Sanitation, dispensaries and jails vaccination Rajputana 1922-1927 - 1922-1927
Year: 1922
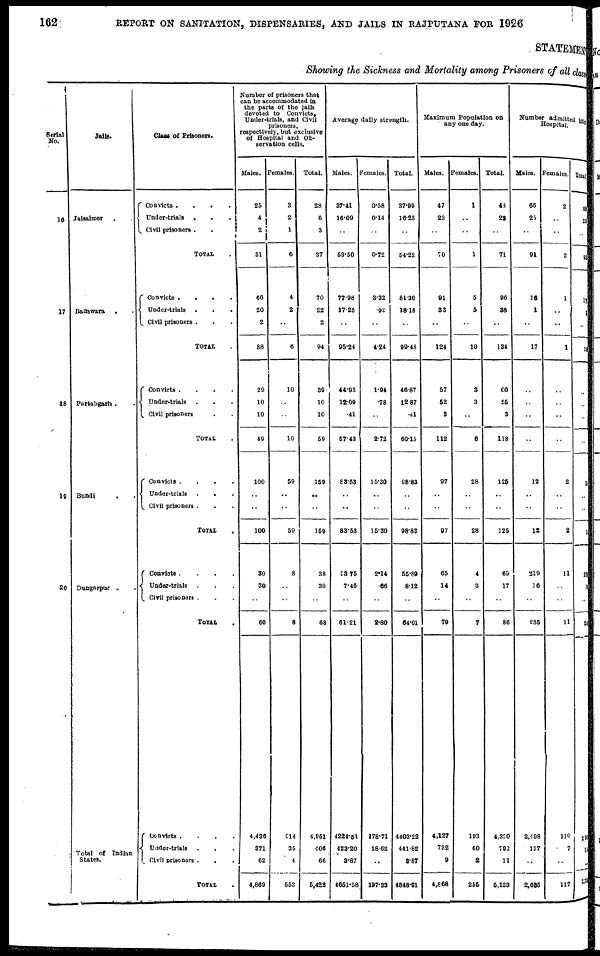
162
REPORT ON SANITATION, DISPENSARIES, AND JAILS IN RAJPUTANA FOR 1926
STATEMENT
Showing the Sickness and Mortality among Prisoners of all classes
Serial
No.
16
17
18
19
20
Jails.
Jaisalmer . .
Banswara
.
Partabgarh .
Bundi . .
Dungarpur . .
Total of Indian
States.
Class of Prisoners.
Convicts
.
.
.
.
Under-trials . . . .
Civil prisoners
.
.
.
.
TOTAL .
Convicts
.
.
.
.
Under-trials
.
.
.
.
Civil prisoners . . .
TOTAL .
Convicts
.
.
.
.
Under-trials . . .
Civil prisoners . . .
TOTAL .
Convicts
.
.
.
.
Under-trials . . .
Civil prisoners . .
TOTAL .
Convicts
.
.
.
.
Under-trials . .
Civil prisoners . .
TOTAL .
Convicts
.
.
.
.
Undre-trials . . .
Civil prisoners .
TOTAL .
Number of prisoners that
can be accommodated in
the parts of the jails
devoted to Convicts,
Under-trials, and Civil
prisoners,
respectively, but exclusive
of Hospital and Ob-
servation cells.
Males.
25
4
2
31
66
20
2
88
29
10
10
49
100
..
..
100
30
30
..
60
4,436
371
62
4,869
Females.
3
2
1
6
4
2
..
6
10
..
..
10
59
..
..
59
8
..
..
8
514
35
4
553
Total.
28
6
3
37
70
22
2
94
39
10
10
59
159
..
..
159
38
30
..
68
4,951
406
66
5,422
Average daily strength.
Males.
37.41
16.09
..
53.50
77.98
17.26
..
95.24
44.93
12.09
.41
57.43
83.53
..
..
83.53
53.75
7.46
..
61.21
4224.51
423.20
3.87
4651.58
Females.
0.58
0.14
..
0.72
3.32
.92
..
4.24
1.94
.78
..
2.72
15.30
..
..
15.30
2.14
.66
..
2.80
178.71
18.62
..
197.33
Total.
37.99
16.23
..
54.22
81.30
18.18
..
99.43
46.87
12.87
.41
60.15
98.83
..
..
98.83
55.89
8.12
..
64.01
4403.22
441.82
3.87
4848.91
Maximum Population on
any one day.
Males.
47
23
..
70
91
33
..
124
57
52
3
112
97
..
..
97
65
14
..
79
4,127
732
9
4,868
Females.
1
..
..
1
5
5
..
10
3
3
..
6
28
..
..
28
4
3
..
7
193
60
2
255
Total.
48
28
..
71
96
38
..
134
60
55
3
118
125
..
..
125
69
17
..
86
4,320
792
11
5,123
Number admitted into
Hospital.
Males.
66
25
..
91
16
1
..
17
..
..
..
..
12
..
..
12
219
16
..
235
2,498
137
..
2,635
Females.
2
..
..
2
1
..
..
1
..
..
..
..
2
..
..
2
11
..
..
11
110
7
..
117
Total.
58
25
..
93
17
1
..
12
..
..
..
..
14
..
..
14
23
16
..
24
290
14
..
2,750